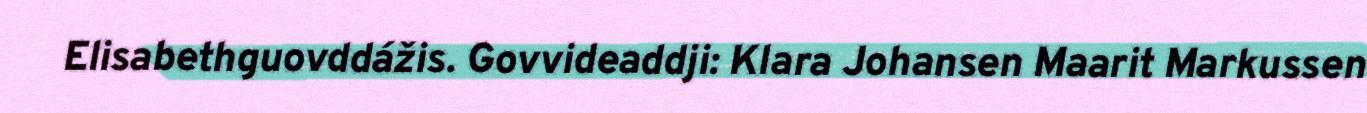
Elisabethguovddážis. Govvideaddji: Klara Johansen Maarit Markussen